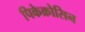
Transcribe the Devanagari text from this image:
पिकेक्रोसिन